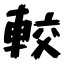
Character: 較